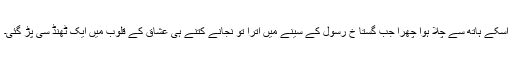
اسکے ہاتھ سے چلا ہوا چھرا جب گستا خ رسول کے سینے میں اترا تو نجانے کتنے ہی عشاق کے قلوب میں ایک ٹھنڈ سی پڑ گئی۔